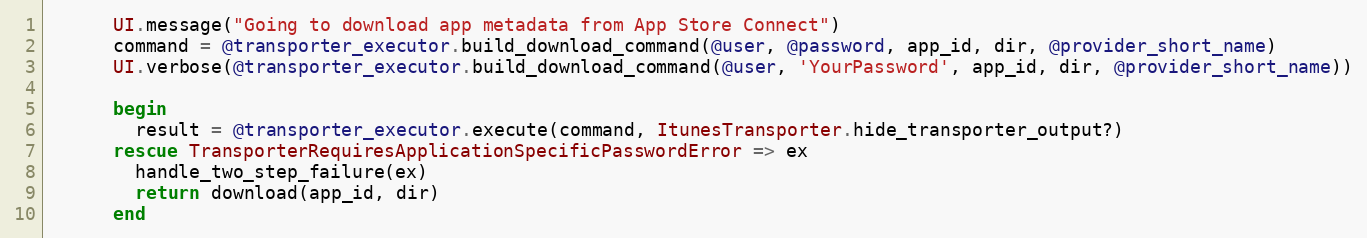
Language: Ruby
      UI.message("Going to download app metadata from App Store Connect")
      command = @transporter_executor.build_download_command(@user, @password, app_id, dir, @provider_short_name)
      UI.verbose(@transporter_executor.build_download_command(@user, 'YourPassword', app_id, dir, @provider_short_name))

      begin
        result = @transporter_executor.execute(command, ItunesTransporter.hide_transporter_output?)
      rescue TransporterRequiresApplicationSpecificPasswordError => ex
        handle_two_step_failure(ex)
        return download(app_id, dir)
      end